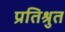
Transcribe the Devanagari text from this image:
प्रतिश्रुत